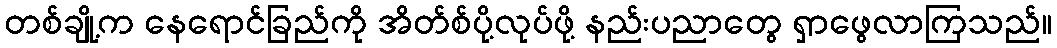
တစ်ချို့က နေရောင်ခြည်ကို အိတ်စ်ပို့လုပ်ဖို့ နည်းပညာတွေ ရှာဖွေလာကြသည်။